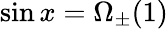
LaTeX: \sin x=\Omega_{\pm}(1)